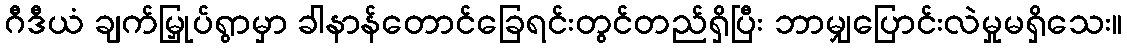
ဂီဒီယံ ချက်မြှုပ်ရွာမှာ ခါနာန်တောင်ခြေရင်းတွင်တည်ရှိပြီး ဘာမျှပြောင်းလဲမှုမရှိသေး။